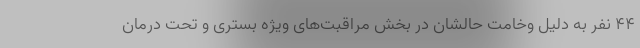
۴۴ نفر به دلیل وخامت حالشان در بخش مراقبت‌های ویژه بستری و تحت درمان